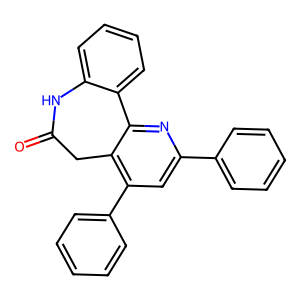
SMILES: O=C1Cc2c(-c3ccccc3)cc(-c3ccccc3)nc2-c2ccccc2N1
Inhibits HIV replication: No